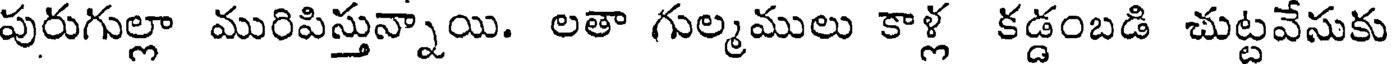
పురుగుల్లా మురిపిస్తున్నాయి. లతా గుల్మములు కాళ్ల కడ్డంబడి చుట్టవేసుకు